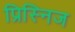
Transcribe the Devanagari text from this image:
प्रिस्निज